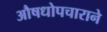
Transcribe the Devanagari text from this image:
औषधोपचाराने